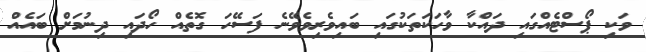
ވަކި ޕޯސްޓެއްގައި ދައްކާ ވާހަކަތަކުގައި ބައިވެރިވެވޭނެ ފަސޭހަ ގޮތެއް ހޯދައި ދިނުމަށް ބައެއް